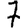
Digit: 7